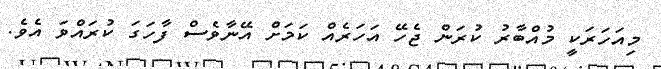
މިއަހަރަކީ މުއްބާރު ކުރަން ޖެހޭ އަހަރެއް ކަމަށް އޭނާވެސް ފާހަގަ ކުރައްވަ އެވެ.